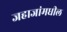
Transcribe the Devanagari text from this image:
जहाजांमधील